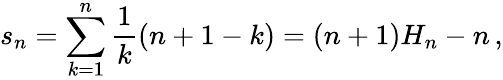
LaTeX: s_{n}=\sum_{k=1}^{n}{{\frac{1}{k}}(n+1-k)}=(n+1)H_{n}-n\, ,